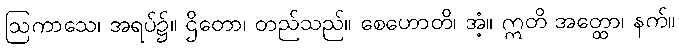
ဩကာသေ၊ အရပ်၌။ ဌိတော၊ တည်သည်။ စေဟောတိ၊ အံ့။ ဣတိ အတ္ထော၊ နက်။